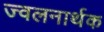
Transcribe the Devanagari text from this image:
ज्वलनार्थक